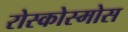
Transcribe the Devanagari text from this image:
रोस्कोस्मोस